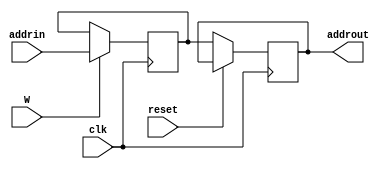
`timescale 1ns/1ps
module PC (
    input clk,
    input reset,
    input W,
    input [31:0] addrin,
    output reg [31:0] addrout
);
    reg [31:0] TmpAddr;
    initial begin
        addrout = 0;
        TmpAddr = 4;
    end
    always @(posedge clk) begin
        if(reset == 0)
            addrout <= TmpAddr;
    end
    always @(negedge clk ) begin
        if(W == 1)
            TmpAddr <= addrin;
    end
endmodule